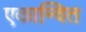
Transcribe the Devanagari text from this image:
एकान्वित